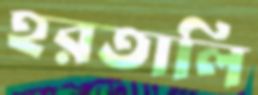
হরতালি